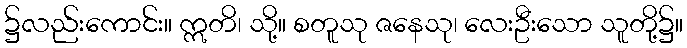
၌လည်းကောင်း။ ဣတိ၊ သို့။ စတူသု ဇနေသု၊ လေးဦးသော သူတို့၌။